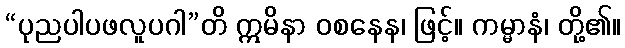
“ပုညပါပဖလူပဂါ”တိ ဣမိနာ ဝစနေန၊ ဖြင့်။ ကမ္မာနံ၊ တို့၏။